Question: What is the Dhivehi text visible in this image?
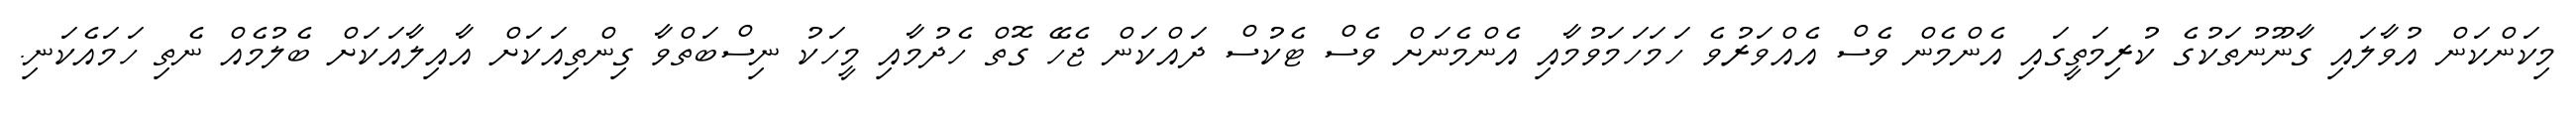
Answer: މިކަންކަން އުވާލައި ގާނޫނުތަކުގެ ކުރިމަތީގައި އެންމެން ވެސް އެއްވަރުވެ ހަމަހަމަވުމާއި އެންމެނަށް ވެސް ޓެކުސް ދައްކަން ޖެހޭ ގޮތް ހެދުމާއި މީހަކު ނިސްބަތްވާ ގިންތިއަކަށް އާއިލާއަކަށް ބެލުމެއް ނެތި ހަމައެކަނި.